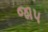
જાપ